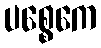
ပစ္စေကေ